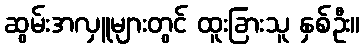
ဆွမ်းအလှူများတွင် ထူးခြားသူ နှစ်ဦး။